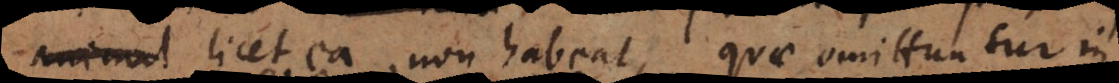
animal licet ea non habeat, quae omittuntur in